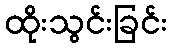
ထိုးသွင်းခြင်း